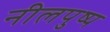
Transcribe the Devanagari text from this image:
नीलपुष्प